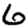
Digit: 6